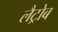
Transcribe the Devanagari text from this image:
लैट्रोब